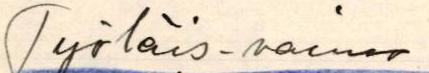
Työläis-vaimo